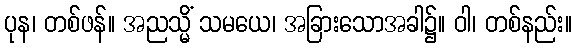
ပုန၊ တစ်ဖန်။ အညသ္မိံ သမယေ၊ အခြားသောအခါ၌။ ဝါ၊ တစ်နည်း။